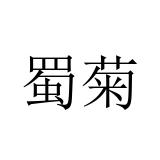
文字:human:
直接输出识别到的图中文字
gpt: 蜀菊